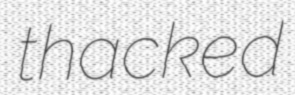
thacked